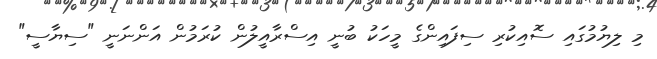
މި ލިޔުމުގައި ސޮއިކުރި ސިފައިންގެ މީހަކު ބުނީ އިސްރާއީލުން ކުރަމުން އަންނަނީ "ސިޔާސީ"